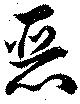
悪